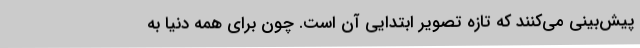
پیش‌بینی می‌کنند که تازه تصویر ابتدایی آن است. چون برای همه دنیا به